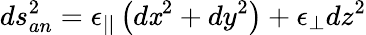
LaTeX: ds_{an}^{2}=\epsilon_{||}\left(d\mathit{x}^{2}+dy^{2}\right)+\epsilon_{\perp}dz^{2}